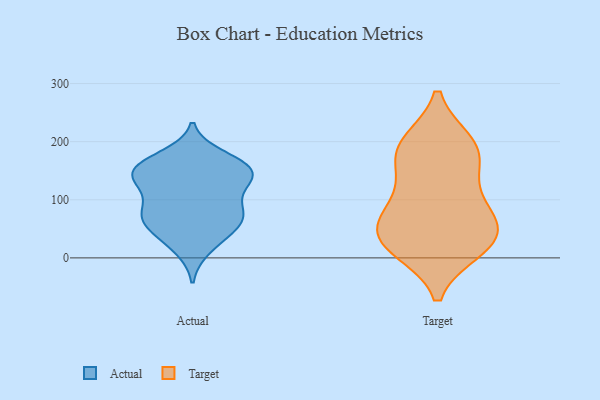
{"axis": {"x": "LTV (USD)", "y": "Value"}, "legend": ["Actual", "Target"], "data": [{"x": "", "y": 65, "type": "Actual"}, {"x": "", "y": 157, "type": "Actual"}, {"x": "", "y": 79, "type": "Actual"}, {"x": "", "y": 136, "type": "Actual"}, {"x": "", "y": 62, "type": "Actual"}, {"x": "", "y": 83, "type": "Actual"}, {"x": "", "y": 125, "type": "Actual"}, {"x": "", "y": 16, "type": "Actual"}, {"x": "", "y": 155, "type": "Actual"}, {"x": "", "y": 174, "type": "Actual"}, {"x": "", "y": 158, "type": "Actual"}, {"x": "", "y": 68, "type": "Actual"}, {"x": "", "y": 156, "type": "Actual"}, {"x": "", "y": 139, "type": "Actual"}, {"x": "", "y": 31, "type": "Actual"}, {"x": "", "y": 102, "type": "Actual"}, {"x": "", "y": 56, "type": "Actual"}, {"x": "", "y": 139, "type": "Actual"}, {"x": "", "y": 69, "type": "Target"}, {"x": "", "y": 26, "type": "Target"}, {"x": "", "y": 173, "type": "Target"}, {"x": "", "y": 113, "type": "Target"}, {"x": "", "y": 81, "type": "Target"}, {"x": "", "y": 147, "type": "Target"}, {"x": "", "y": 15, "type": "Target"}, {"x": "", "y": 29, "type": "Target"}, {"x": "", "y": 194, "type": "Target"}, {"x": "", "y": 18, "type": "Target"}, {"x": "", "y": 64, "type": "Target"}, {"x": "", "y": 46, "type": "Target"}, {"x": "", "y": 198, "type": "Target"}, {"x": "", "y": 193, "type": "Target"}]}